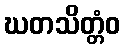
ဃတသိတ္တံဝ